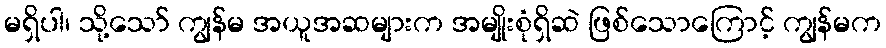
မရှိပါ၊ သို့သော် ကျွန်မ အယူအဆများက အမျိုးစုံရှိဆဲ ဖြစ်သောကြောင့် ကျွန်မက